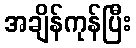
အချိန်ကုန်ပြီး